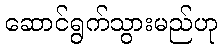
ဆောင်ရွက်သွားမည်ဟု